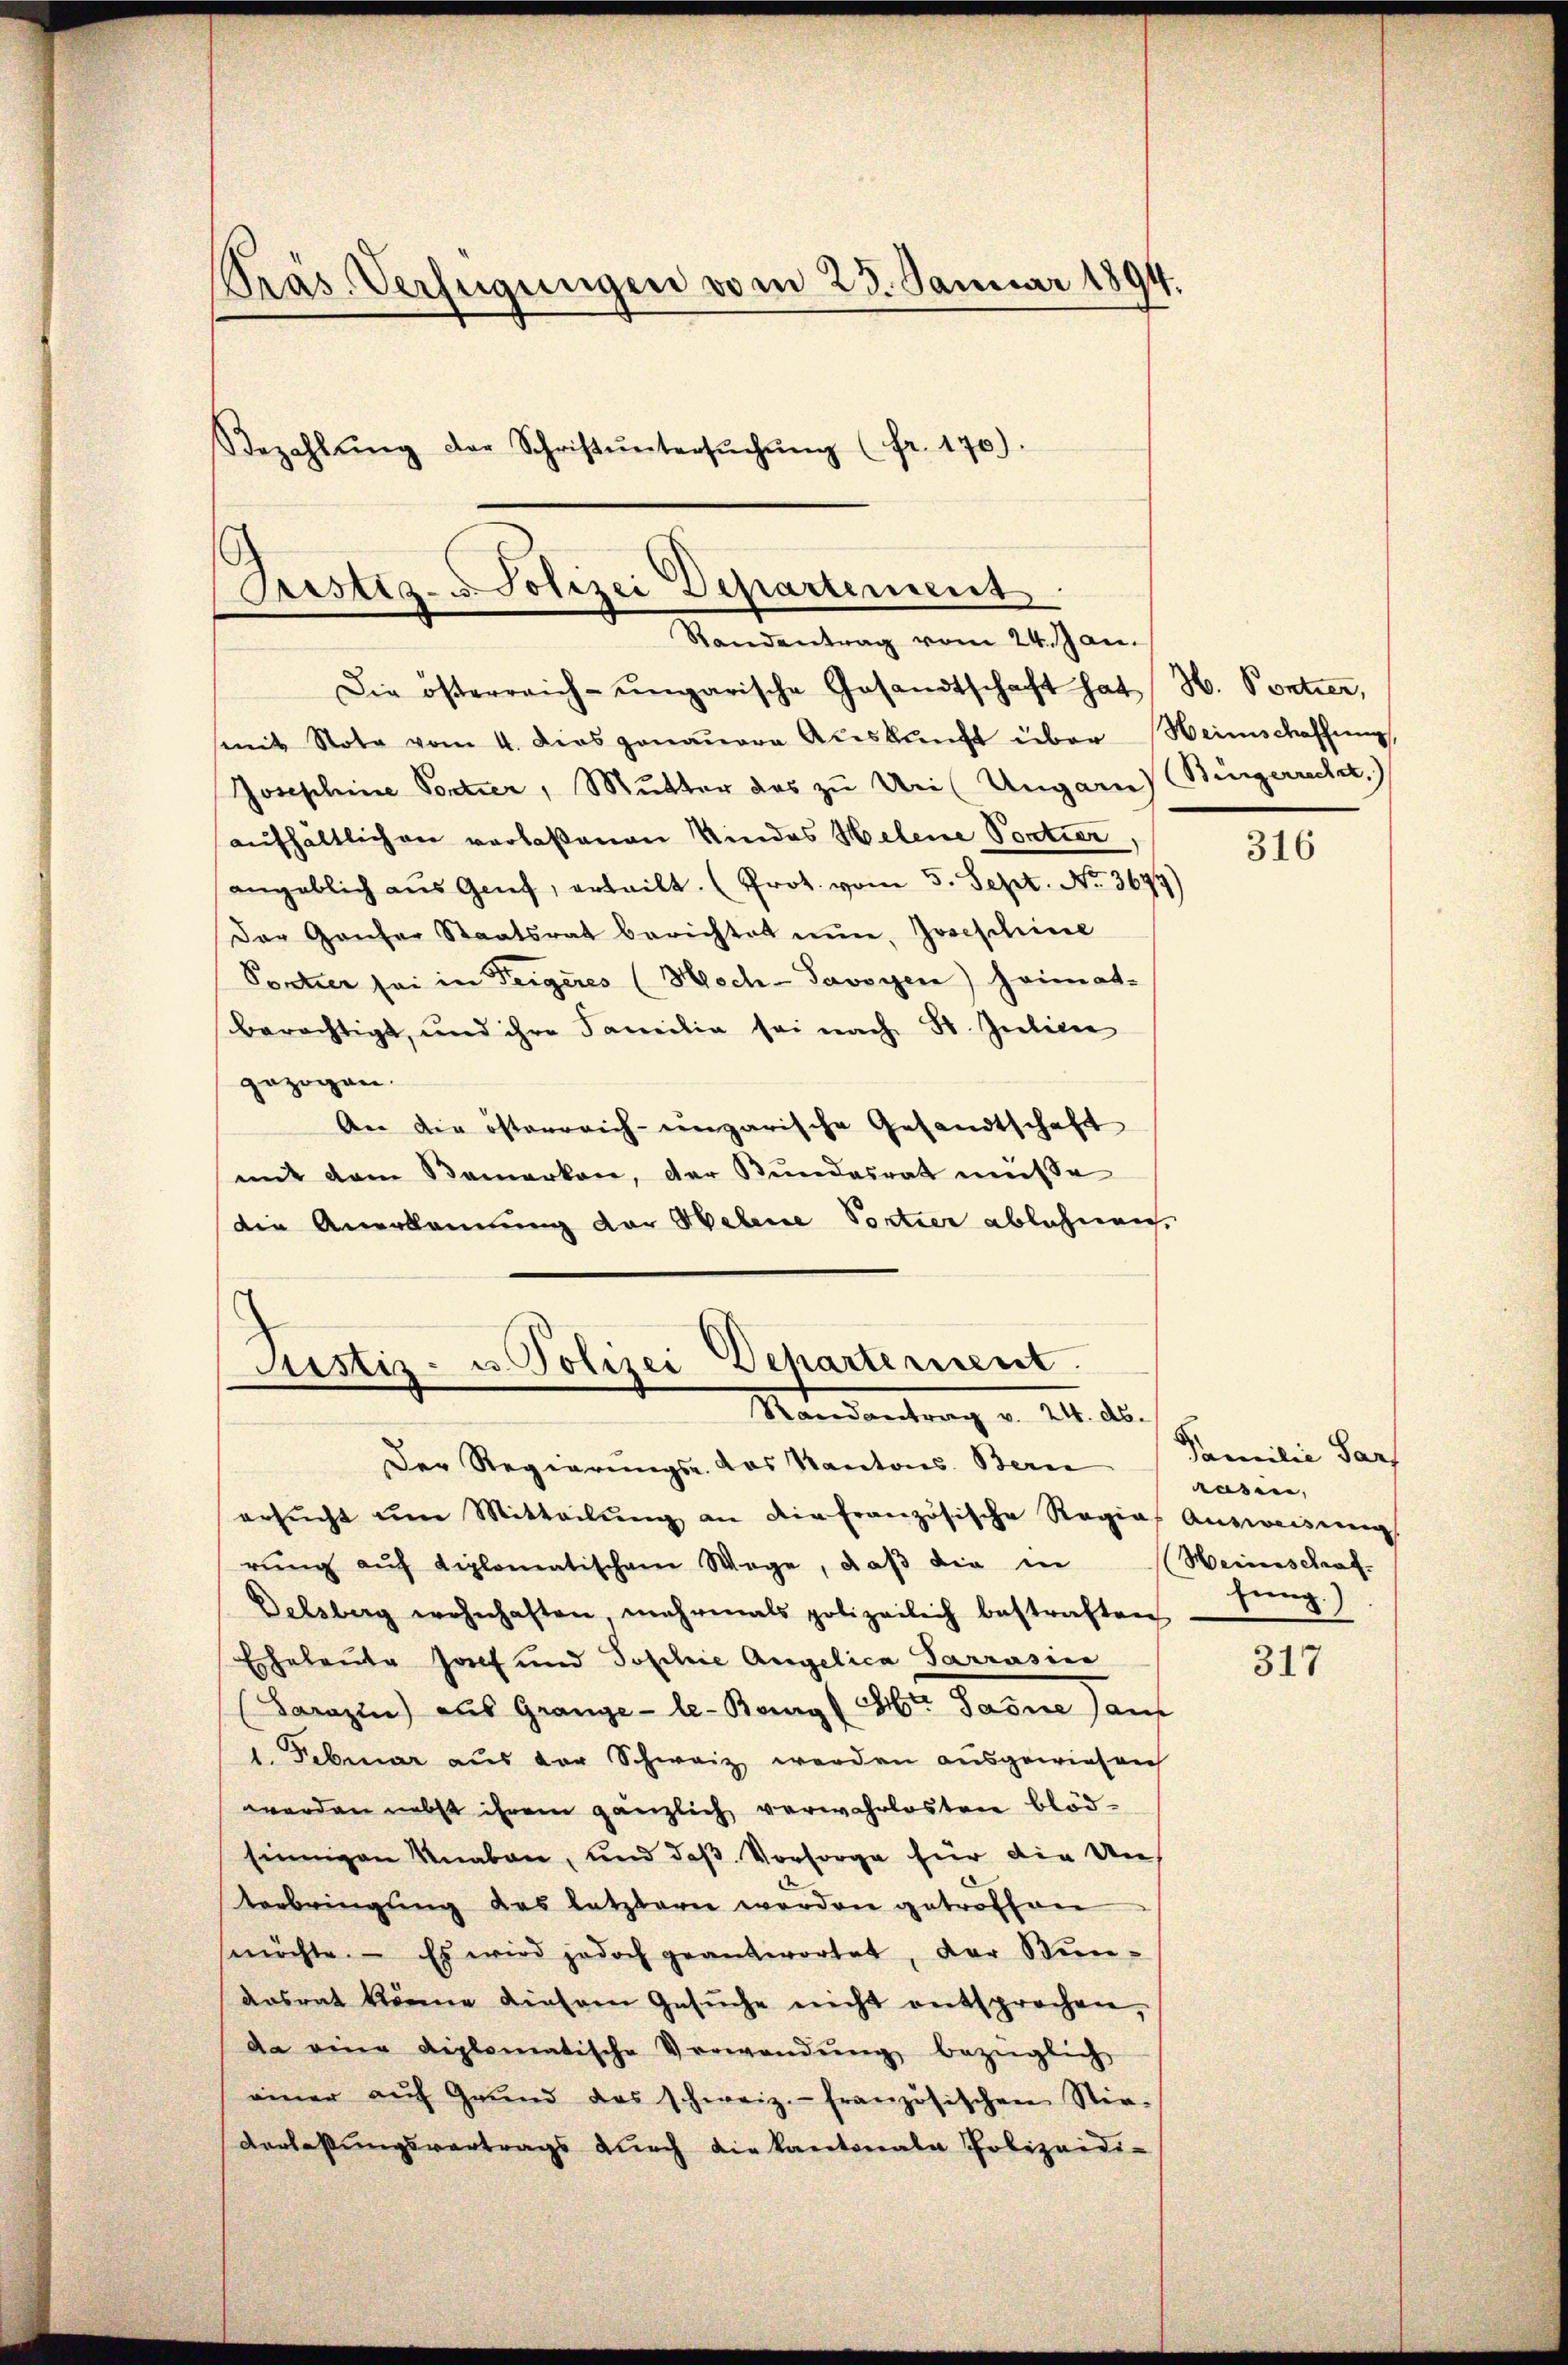
Präs. Verfügungen vom 23. Januar 1894.
Bezahlŭng der Schriftŭntersŭchŭng (fr. 170).

s
Pristiz- u Polizei Departement
Randentrag vom 24. Jan.

Die österreich-ungarische Gesandtschaft hat H. Pontier,
mit Note vom 4. Dies genauere Aŭskŭnft über Heimschaffung,
Josephine Portier, Mutter das zu Uri (Ungarn) Bürgerrecht.)
aufhältlichen verlaßenen Kindes Helene Portier,
angeblich aus Genf, erteilt. (Prot. vom 5. Sept. No. 3694
Der Ganser Staatsrat berichtet nun, Josephine
Portier sei in Teigeres (Hoch-Savoyen) Heimat-
berächtigt, und ihre Familia sei nach St. Julicir
gezogen.
An die österreich-ungarische Gesandtschaft
mit dem Bemerken, der Bundesrat müsse
die Anerkannung der Helene Portier ablehnen,

Justiz- u. Polizei Departement.
Mandantrag v. III. d.

Der Regierungs- das Kantons Bern
ersucht um Mitteilung an die Französische Regia, Ausweisung
rŭng aŭf diplomatischem Wege, daβ die in
Delsberg wohnhaften mehrmals polizeilich bestraften
Echeleute hof und Poschie Angelica Sarrasic
(Sarazin) aus Grange- le-Berg (St. Gasne Gant
1. Februar aus der Schweiz werden ausgewiesen
werden nebst ihrem gänzlich verwahrlosten blödsinnigen Knaben, und das Vorsorge für die Un¬
Verbringung das letztern werden getroffen
möchte. Es wird jedoch geantwortet, der Mün-
aosrat könne diesem Gesŭche nicht entsprochen,
da eine diplomatische Verwendŭng bezüglich
einer aŭf Grŭnd das schweiz.- französischen Stie-
Verlaßungsvertrags durch die kantonale Polizeidi¬

316

Familie Sar
rasen,
Weinschaf
hung.)

317